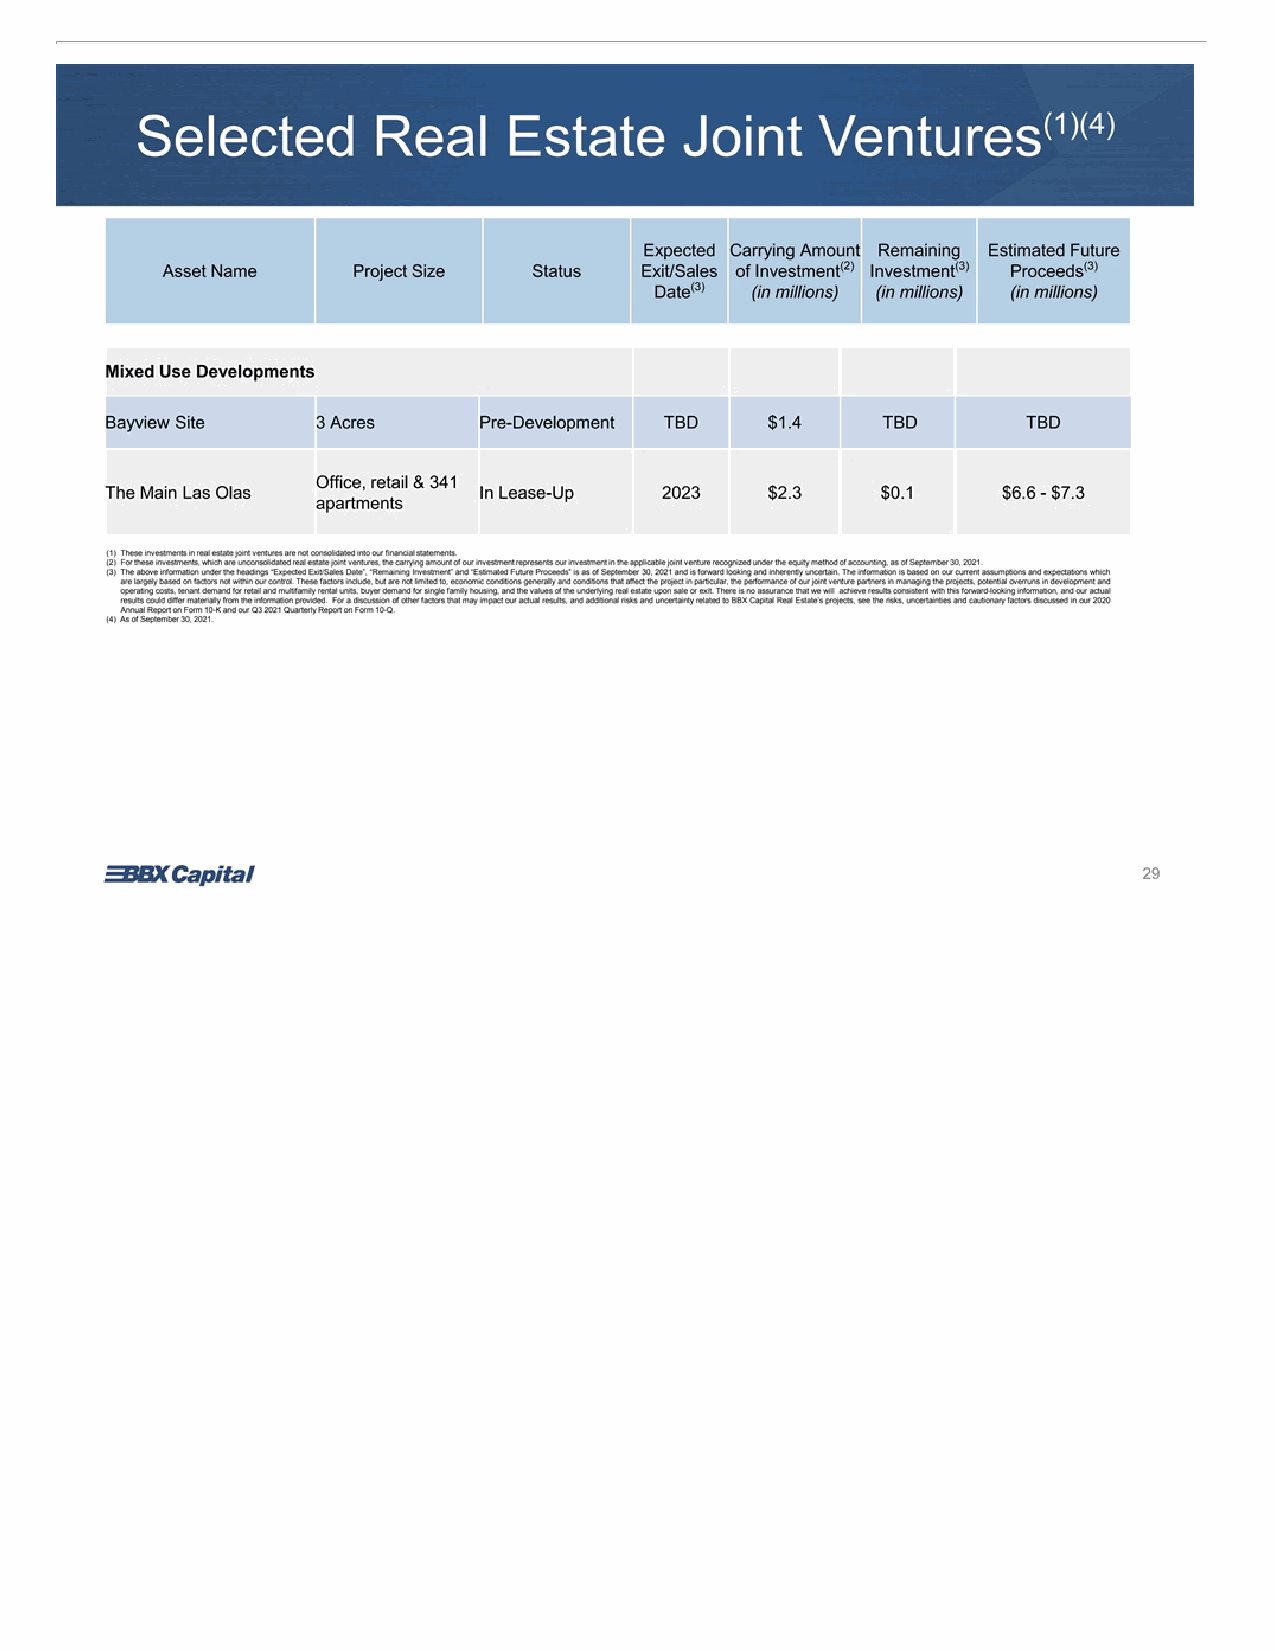
(1)(4) Selected Real Estate Joint Ventures Expected Carrying Amount Remaining Estimated Future (2) (3) (3) Asset Name Project Size Status Exit/Sales of Investment Investment Proceeds (3) Date (in millions) (in millions) (in millions) Mixed Use Developments Bayview Site 3 Acres Pre-Development TBD $1.4 TBD TBD Office, retail & 341 The Main Las Olas In Lease-Up 2023 $2.3 $0.1 $6.6 - $7.3 apartments (1) These investments in real estate joint ventures are not consolidated into our financial statements. (2) For these investments, which are unconsolidated real estate joint ventures, the carrying amount of our investment represents our investment in the applicable joint venture recognized under the equity method of accounting, as of September 30, 2021. (3) The above information under the headings “Expected Exit/Sales Date”, “Remaining Investment” and “Estimated Future Proceeds” is as of September 30, 2021 and is forward looking and inherently uncertain. The information is based on our current assumptions and expectations which are largely based on factors not within our control. These factors include, but are not limited to, economic conditions generally and conditions that affect the project in particular, the performance of our joint venture partners in managing the projects, potential overruns in development and operating costs, tenant demand for retail and multifamily rental units, buyer demand for single family housing, and the values of the underlying real estate upon sale or exit. There is no assurance that we will achieve results consistent with this forward-looking information, and our actual results could differ materially from the information provided. For a discussion of other factors that may impact our actual results, and additional risks and uncertainty related to BBX Capital Real Estate’s projects, see the risks, uncertainties and cautionary factors discussed in our 2020 Annual Report on Form 10-K and our Q3 2021 Quarterly Report on Form 10-Q. (4) As of September 30, 2021. 29